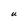
Character: U